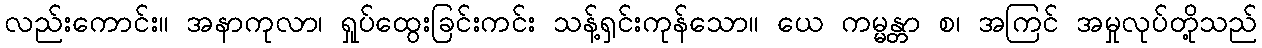
လည်းကောင်း။ အနာကုလာ၊ ရှုပ်ထွေးခြင်းကင်း သန့်ရှင်းကုန်သော။ ယေ ကမ္မန္တာ စ၊ အကြင် အမှုလုပ်တို့သည်